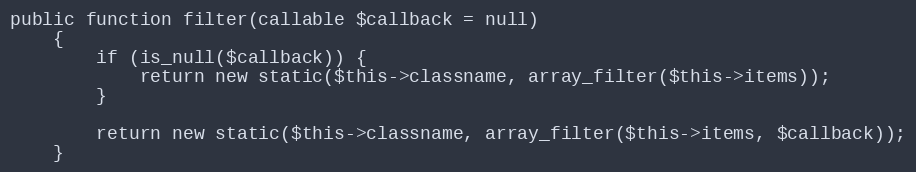
Language: PHP
public function filter(callable $callback = null)
    {
        if (is_null($callback)) {
            return new static($this->classname, array_filter($this->items));
        }

        return new static($this->classname, array_filter($this->items, $callback));
    }